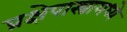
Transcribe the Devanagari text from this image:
प्रक्षेपास्त्रामध्ये